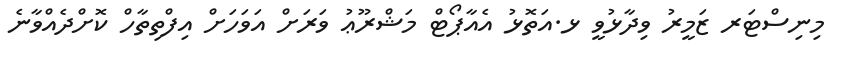
މިނިސްޓަރ ޒަމީރު ވިދާޅުވީ ޅ.އަތޮޅު އެއާޕޯޓް މަޝްރޫޢު ވަރަށް އަވަހަށް އިފްތިތާހް ކޮށްދެއްވާނެ